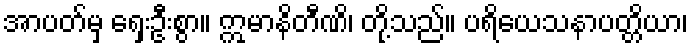
အာပတ်မှ ရှေးဦးစွာ။ ဣမာနိတီဏိ၊ တို့သည်။ ပရိယေသနာပတ္တိယာ၊